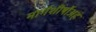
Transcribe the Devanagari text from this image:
मार्गशीर्षोअहं